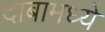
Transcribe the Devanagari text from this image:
दाबामध्ये